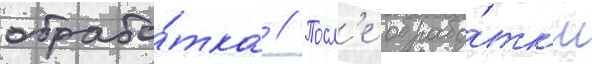
обрабо́тка // Посл'е обрабо́тк'и